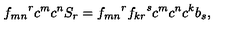
{ f _ { m n } } ^ { r } c ^ { m } c ^ { n } S _ { r } = { f _ { m n } } ^ { r } { f _ { k r } } ^ { s } c ^ { m } c ^ { n } c ^ { k } b _ { s } ,